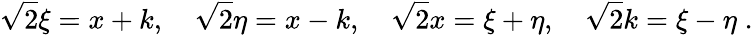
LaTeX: \sqrt{2}\xi=x+k,\quad\sqrt{2}\eta=x-k,\quad\sqrt{2}x=\xi+\eta,\quad\sqrt{2}k=\xi-\eta\; .